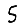
Digit: 5